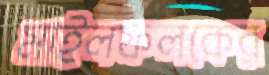
মাইলফলকের